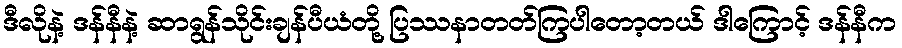
ဒီလိုနဲ့ ဒန်နီနဲ့ ဆာရွန်သိုင်းချန်ပီယံတို့ ပြဿနာတတ်ကြပါတော့တယ် ဒါကြောင့် ဒန်နီက